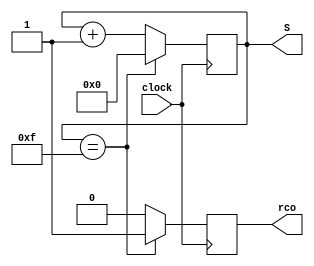
module contador(clock, rco, S);
input wire clock;
output reg [3:0]S;
output reg rco;
initial S = 4'b0000;

always @(posedge clock)begin
	if(S == 4'b1111)begin
		S = 4'b0000;
		rco = 1;
	end else begin
		S = S + 1'b1;
		rco = 0;
	end
end
endmodule